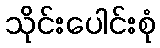
သိုင်းပေါင်းစုံ